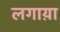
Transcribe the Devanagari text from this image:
लगाय़ा